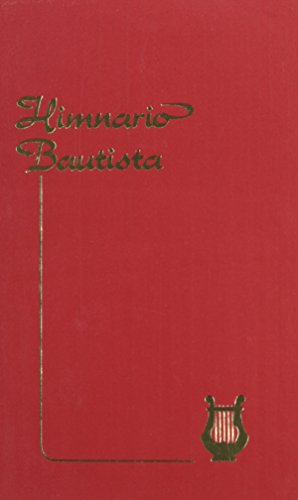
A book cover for Himnario Bautista = Baptist Hymnal (Spanish Edition); Casa Bautista De Publicaciones; Christian Books & Bibles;